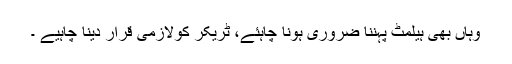
وہاں بھی ہیلمٹ پہننا ضروری ہونا چاہئے، ٹریکر کولازمی قرار دینا چاہیے ۔